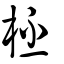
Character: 柸